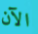
الآن